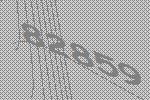
82859